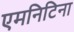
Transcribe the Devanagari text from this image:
एमनिटिना